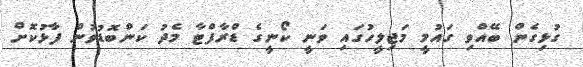
ގުޅިގެން ބޭއްވި ގައުމީ މަޖިލީހުގައި ވަނީ ކޯނީގެ ޑްރާފްޓާ މެދު ކަންބޮޑުވުން ފާޅުކޮށް